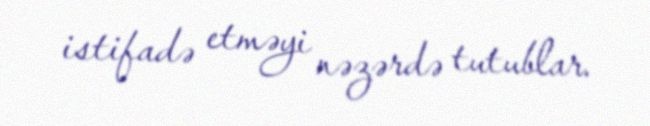
istifadə etməyi nəzərdə tutublar.